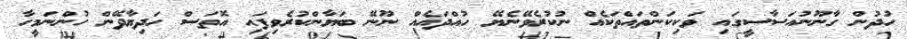
ހުދުން ގާނޫނުއަސާސީގައި ވަކިކަންތައްތަކެއް ނުކުރެވޭނެޔޭ ހުއްދައެއް ނޫނޭ ބަޔާންކުރެވިފައި އޮތަސް ހަދިޔާދޭން ހުންނަމީހާ